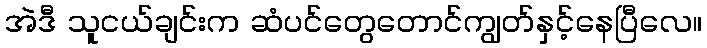
အဲဒီ သူငယ်ချင်းက ဆံပင်တွေတောင်ကျွတ်နှင့်နေပြီလေ။